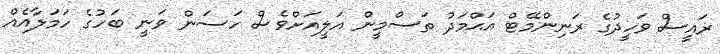
ރައީސް ވަހީދުގެ ރަނިންމޭޓް އަޙްމަދު ތަސްމީން އަލީއަށްވެސް ހަސަން ވަނީ ބަހުގެ ހަމަލާއެއް